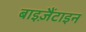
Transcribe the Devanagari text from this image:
बाइज़ैंटाइन